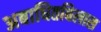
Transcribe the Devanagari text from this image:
अबाधितविलास